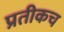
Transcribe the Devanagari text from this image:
प्रतीकच